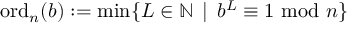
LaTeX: \operatorname { o r d } _ { n } ( b ) : = \operatorname* { m i n } \{ L \in \mathbb { N } \, \mid \, b ^ { L } \equiv 1 { \mathrm { ~ m o d ~ } } n \}